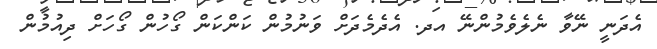
އެދަނީ ނޭވާ ނެލެވެމުންނޭ އދ. އެދެމެދަށް ވަނުމުން ކަންކަން ގޯހުން ގޯހަށް ދިއުމުން